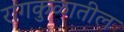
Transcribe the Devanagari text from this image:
रागकुळातील